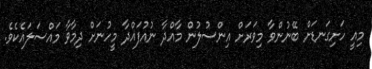
މިއީ ހަށިގަނޑަށް ބޭނުންވާ މިވަރަށް އިންސުލުން މާއްދާ ނުއުފައްދާ މީހުނަށް ދިމާވާ މައްސަލައެކެވެ.